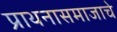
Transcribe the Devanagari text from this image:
प्राथनासमाजाचे